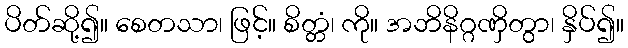
ပိတ်ဆို့၍။ စေတသာ၊ ဖြင့်။ စိတ္တံ၊ ကို။ အဘိနိဂ္ဂဏှိတွာ၊ နှိပ်၍။